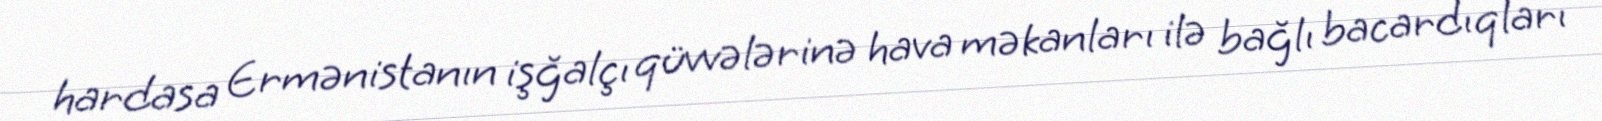
hardasa Ermənistanın işğalçı qüvvələrinə hava məkanları ilə bağlı bacardıqları